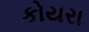
કોયરા